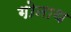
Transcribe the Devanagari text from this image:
गोनाथ